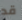
قد